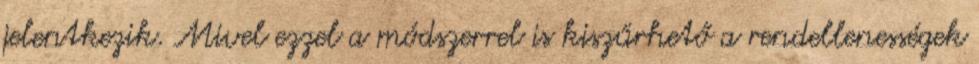
jelentkezik. Mivel ezzel a módszerrel is kiszűrhető a rendellenességek